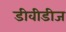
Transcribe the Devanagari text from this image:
डीवीडीज